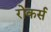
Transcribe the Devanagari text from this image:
रोकर्स